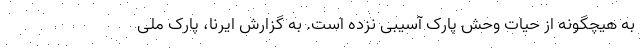
به هیچگونه از حیات وحش پارک آسیبی نزده است. به گزارش ایرنا، پارک ملی